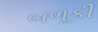
બળૂકી